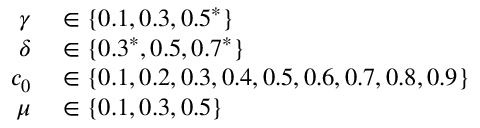
\begin{array} { r l } { \gamma } & { { } \in \{ 0 . 1 , 0 . 3 , 0 . 5 ^ { * } \} } \\ { \delta } & { { } \in \{ 0 . 3 ^ { * } , 0 . 5 , 0 . 7 ^ { * } \} } \\ { c _ { 0 } } & { { } \in \{ 0 . 1 , 0 . 2 , 0 . 3 , 0 . 4 , 0 . 5 , 0 . 6 , 0 . 7 , 0 . 8 , 0 . 9 \} } \\ { \mu } & { { } \in \{ 0 . 1 , 0 . 3 , 0 . 5 \} } \end{array}